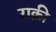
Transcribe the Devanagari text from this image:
राक़ी